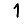
Digit: 1